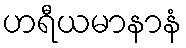
ဟရီယမာနာနံ